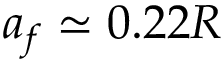
a _ { f } \simeq 0 . 2 2 R